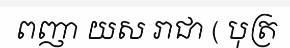
ពញា យស រាជា ( បុត្រ